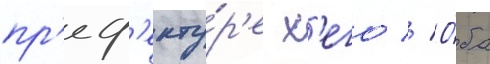
пр'еф'екту́р'е х'его // О́ба